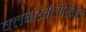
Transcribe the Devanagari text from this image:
क्लबाखालोखाल